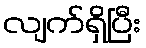
လျက်ရှိပြီး